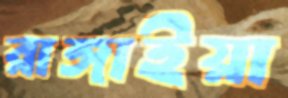
রাঙ্গাইয়া